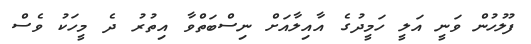
ފުލުހުން ވަނީ އަލީ ހަމީދުގެ އާއިލާއަށް ނިސްބަތްވާ އިތުރު ދެ މީހަކު ވެސް